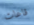
قاعات